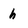
Character: h